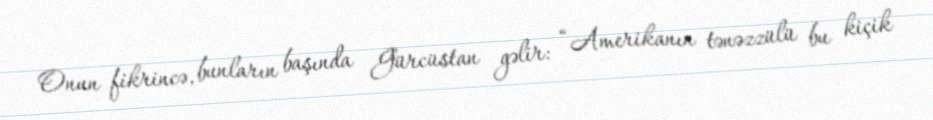
Onun fikrincə, bunların başında Gürcüstan gəlir: “Amerikanın tənəzzülü bu kiçik